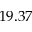
1 9 . 3 7